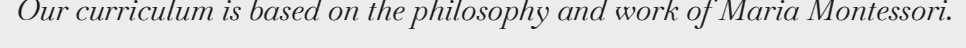
Our curriculum is based on the philosophy and work of Maria Montessori.